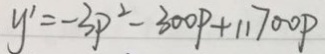
y ^ { \prime } = - 3 P ^ { 2 } - 3 0 0 P + 1 1 7 0 0 P